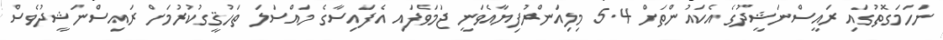
ނަހަމަގޮތުގައި ރައީސްނަޝީދުގެ އެކައުންތަށް 5.4 މިލިއަންރުފިޔާއެވަނީ ޖަމަވެފައި އެފައިސާގެ މައްސަލަ ތަހުޤީގުކުރުމަށް ރައިސްނަޝީދުވެސް